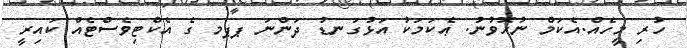
ހުރި މީހެއް.އެކަމް ނުހޮވުނު. ޢެކަމަކު އަޅުގަނޑު ދަންނަ ޕޕމ ގެ އެކްޓިވެސްޓެއް ކައިރީ